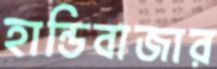
হান্ডিবাজার